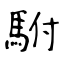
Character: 駙